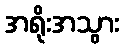
အရိုးအသွား